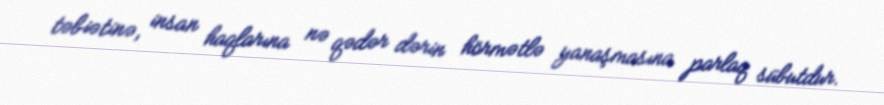
təbiətinə, insan haqlarına nə qədər dərin hörmətlə yanaşmasına parlaq sübutdur.